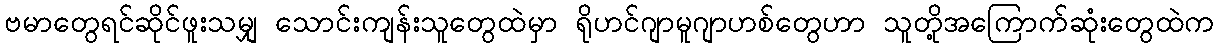
ဗမာတွေရင်ဆိုင်ဖူးသမျှ သောင်းကျန်းသူတွေထဲမှာ ရိုဟင်ဂျာမူဂျာဟစ်တွေဟာ သူတို့အကြောက်ဆုံးတွေထဲက